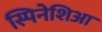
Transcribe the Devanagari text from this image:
स्पिनेशिआ